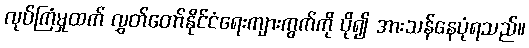
လုပ်ကြံမှုထက် လွှတ်တော်နိုင်ငံရေးကျားကွက်ကို ပို၍ အားသန်နေပုံရသည်။